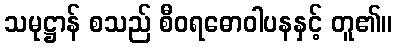
သမုဋ္ဌာန် စသည် စီဝရဓောဝါပနနှင့် တူ၏။